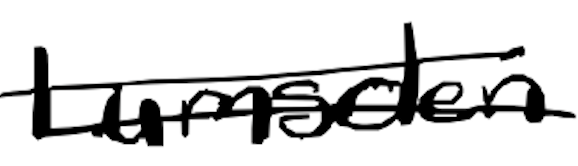
Text: Lumsden
Cross-out: double-line
Writing tool: digital_black